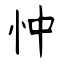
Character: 忡